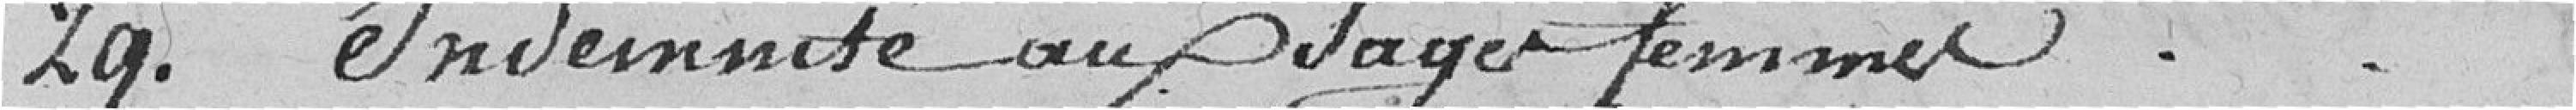
29. Indemnité aux sages femmes